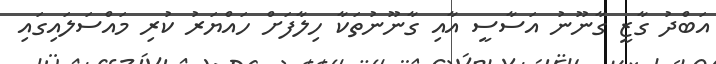
އަބްދު ގާޒީ ގާނޫނު އަސާސީ އާއި ގާނޫނުތަކާ ހިލާފަށް ހައްޔަރު ކުރި މައްސަލައިގައި